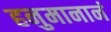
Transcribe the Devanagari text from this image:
हनुमानानं